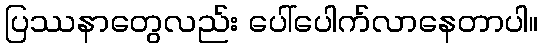
ပြဿနာတွေလည်း ပေါ်ပေါက်လာနေတာပါ။